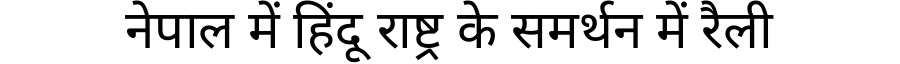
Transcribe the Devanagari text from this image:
नेपाल में हिंदू राष्ट्र के समर्थन में रैली